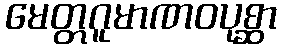
မေတ္တဂူမာဏဝပုစ္ဆာ